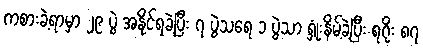
ကစားခဲ့ရာမှာ ၂၉ ပွဲ အနိုင်ရခဲ့ပြီး ၇ ပွဲသရေ ၁ ပွဲသာ ရှုံးနိမ့်ခဲ့ပြီး ရဂိုး ၈၇